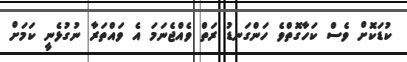
ކުޑަކޮށް ވެސް ކަހާގޮތްވެ ހަންގަނޑު ރަތް ވެއްޖެނަމަ އެ ވައްތަރާ ނުގުޅެނީ ކަމަށް